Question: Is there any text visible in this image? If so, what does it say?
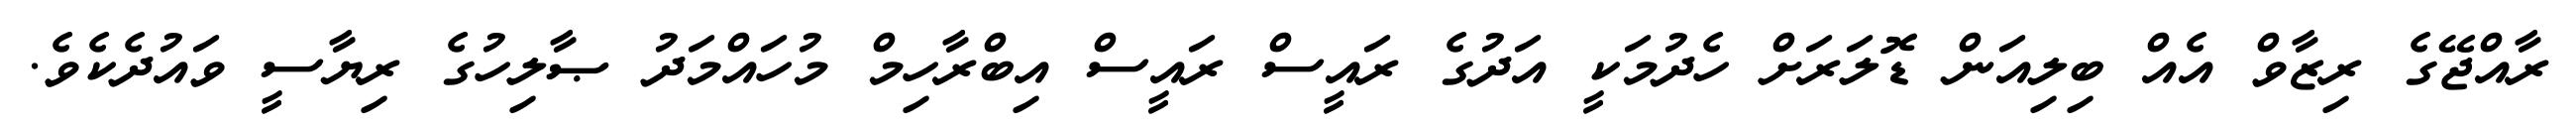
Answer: ރާއްޖޭގެ ރިޒާވް އެއް ބިލިއަން ޑޮލަރަށް ހެދުމަކީ އަދުގެ ރައީސް ރައީސް އިބްރާހިމް މުހައްމަދު ޞާލިހުގެ ރިޔާސީ ވައުދެކެވެ.